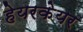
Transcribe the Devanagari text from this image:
हेयरकेयर